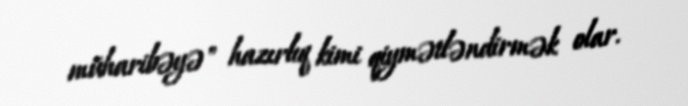
müharibəyə" hazırlıq kimi qiymətləndirmək olar.